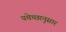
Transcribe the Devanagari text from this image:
यथेच्छानुसार